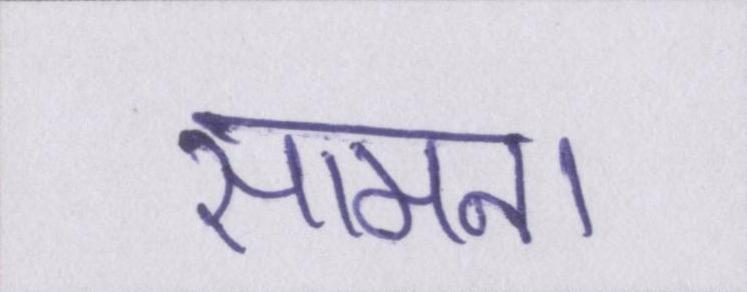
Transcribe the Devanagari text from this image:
सामना